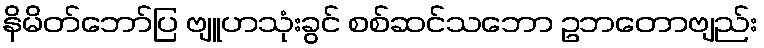
နိမိတ်ဘော်ပြ ဗျူဟသုံးခွင် စစ်ဆင်သဘော ဥဘတောဗျည်း